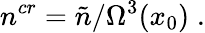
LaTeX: {n}^{cr}=\tilde{n}/\Omega^{3}(x_{0})\; .